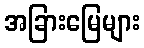
အခြားမြေများ